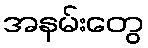
အနမ်းတွေ